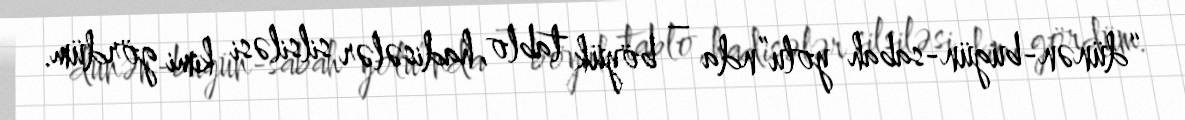
“dünən-bugün-sabah yolu”nda – böyük tablo, hadisələr silsiləsi kimi gördüm.